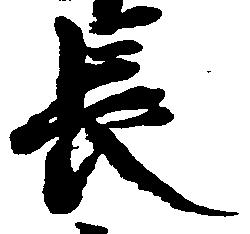
長